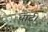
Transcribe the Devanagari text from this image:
चार्ट।